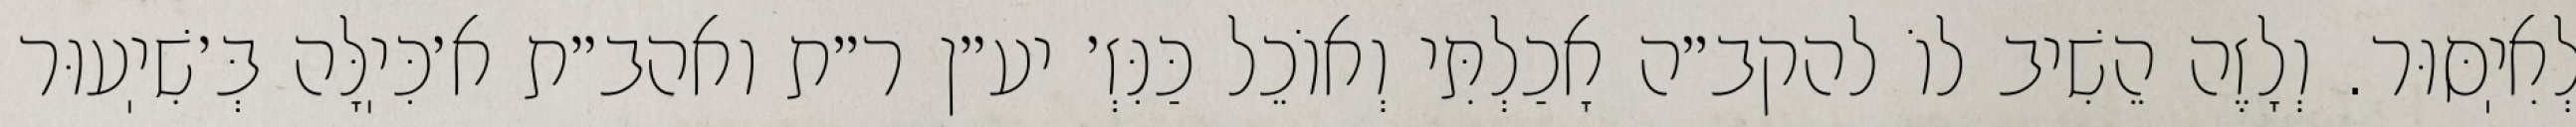
לְאִיֽסּוּר. וְלָזֶה הֵשִׁיב לוֹ להקב״ה אָכַלְתִּי וְאוֹכֵל כַּנִּזְ׳ יע״ן ר״ת ואהב״ת א׳כִּיֽלָּה בְּ׳שִׁיֽעוּר